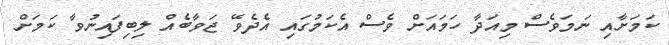
ކަމަށާއި ނަމަވެސް މިއަދާ ހަމައަށް ވެސް އެކަމުގައި އެދެވޭ ޖަވާބެއް ލިބިފައިނުވާ ކަމަށް